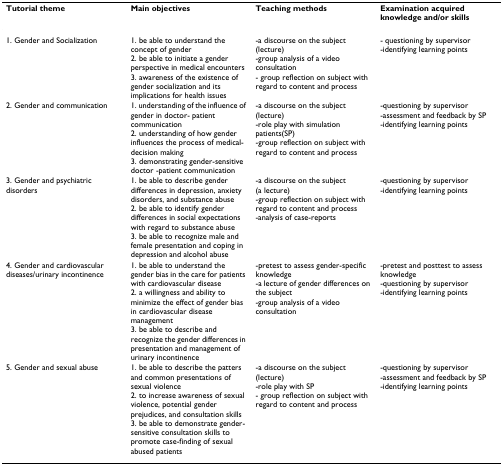
| Tutorial theme | Main objectives | Teaching methods | Examination acquired knowledge and/or skills |
 | --- | --- | --- | --- |
 | 1. Gender and Socialization | 1. be able to understand the concept of gender2. be able to initiate a gender perspective in medical encounters3. awareness of the existence of gender socialization and its implications for health issues | -a discourse on the subject (lecture)-group analysis of a video consultation- group reflection on subject with regard to content and process | - questioning by supervisor-identifying learning points |
 | 2. Gender and communication | 1. understanding of the influence of gender in doctor- patient communication2. understanding of how gender influences the process of medical-decision making3. demonstrating gender-sensitive doctor -patient communication | -a discourse on the subject (lecture)-role play with simulation patients(SP)-group reflection on subject with regard to content and process | -questioning by supervisor-assessment and feedback by SP-identifying learning points |
 | 3. Gender and psychiatric disorders | 1. be able to describe gender differences in depression, anxiety disorders, and substance abuse2. be able to identify gender differences in social expectations with regard to substance abuse3. be able to recognize male and female presentation and coping in depression and alcohol abuse | -a discourse on the subject (a lecture)-group reflection on subject with regard to content and process-analysis of case-reports | -questioning by supervisor-identifying learning points |
 | 4. Gender and cardiovascular diseases/urinary incontinence | 1. be able to understand the gender bias in the care for patients with cardiovascular disease2. a willingness and ability to minimize the effect of gender bias in cardiovascular disease management3. be able to describe and recognize the gender differences in presentation and management of urinary incontinence | -pretest to assess gender-specific knowledge-a lecture of gender differences on the subject-group analysis of a video consultation | -pretest and posttest to assess knowledge-questioning by supervisor-identifying learning points |
 | 5. Gender and sexual abuse | 1. be able to describe the patters and common presentations of sexual violence2. to increase awareness of sexual violence, potential gender prejudices, and consultation skills3. be able to demonstrate gender-sensitive consultation skills to promote case-finding of sexual abused patients | -a discourse on the subject (lecture)-role play with SP- group reflection on subject with regard to content and process | -questioning by supervisor-assessment and feedback by SP-identifying learning points |